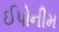
ઈપોનીમ